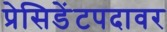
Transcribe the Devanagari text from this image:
प्रेसिडेंटपदावर